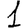
Digit: 1